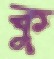
কু